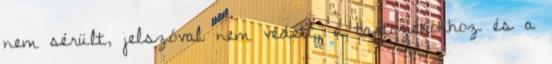
nem sérült, jelszóval nem védett, a tartozékokhoz és a